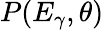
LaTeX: P(E_{\gamma},\theta)